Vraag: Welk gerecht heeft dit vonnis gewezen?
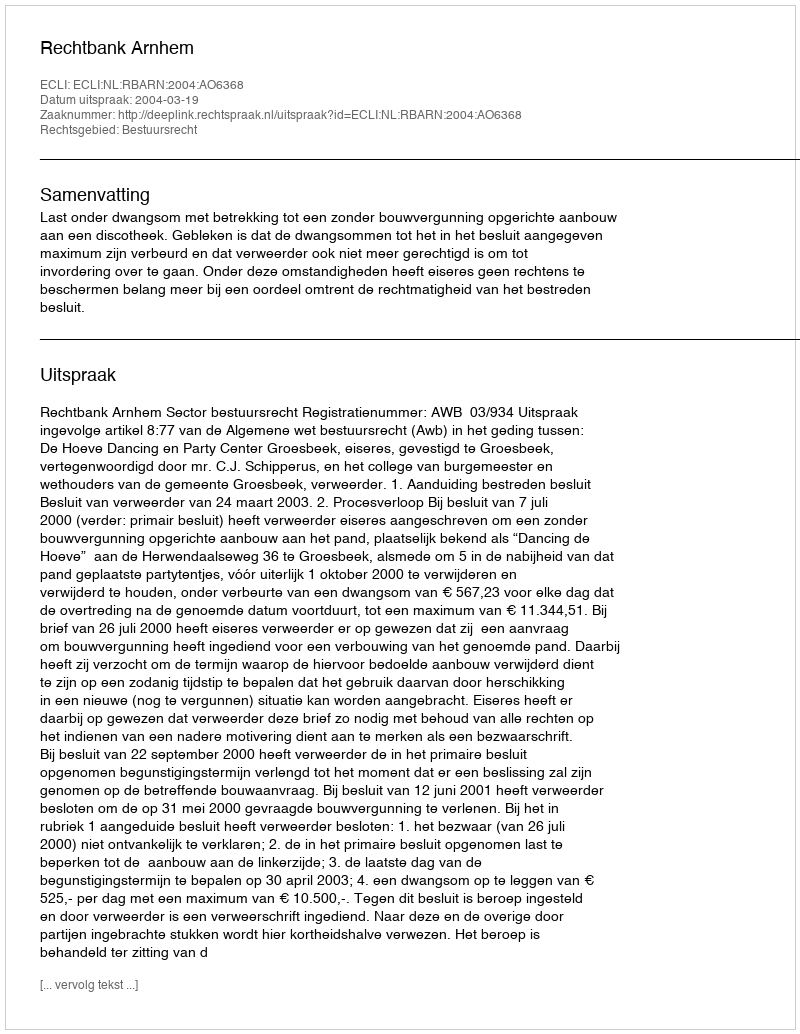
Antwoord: Rechtbank Arnhem